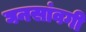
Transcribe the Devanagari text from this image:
घनसांवगी